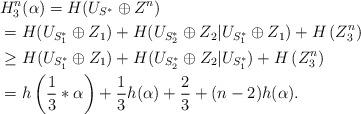
LaTeX: \begin{align*}&H_3^n(\alpha)=H(U_{S^*}\oplus Z^n)\\&=H(U_{S^*_1}\oplus Z_1)+H(U_{S^*_2}\oplus Z_2|U_{S^*_1}\oplus Z_1)+H\left( Z_3^n\right)\\&\geq H(U_{S^*_1}\oplus Z_1)+H(U_{S^*_2}\oplus Z_2|U_{S^*_1})+H\left( Z_3^n\right)\\&=h\left(\frac{1}{3}*\alpha\right)+\frac{1}{3}h(\alpha)+\frac{2}{3}+(n-2)h(\alpha).\end{align*}